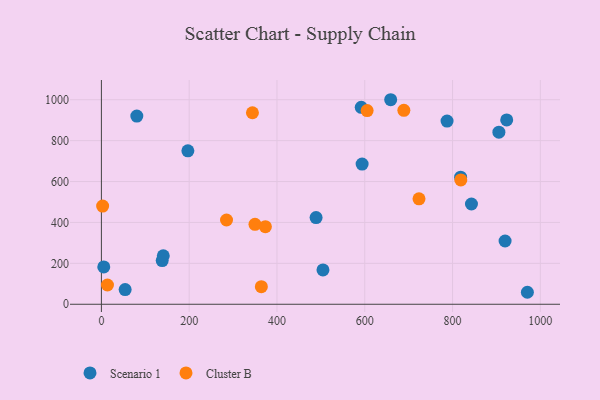
{"axis": {"x": "Study Hours", "y": "Salary"}, "legend": ["Cluster B", "Scenario 1"], "data": [{"x": "659.1", "y": 1000.0, "type": "Scenario 1"}, {"x": "905.6", "y": 841.2, "type": "Scenario 1"}, {"x": "489.1", "y": 423.7, "type": "Scenario 1"}, {"x": "138.5", "y": 213.6, "type": "Scenario 1"}, {"x": "141.0", "y": 237.2, "type": "Scenario 1"}, {"x": "923.4", "y": 901.1, "type": "Scenario 1"}, {"x": "970.5", "y": 58.6, "type": "Scenario 1"}, {"x": "54.1", "y": 71.9, "type": "Scenario 1"}, {"x": "80.7", "y": 920.2, "type": "Scenario 1"}, {"x": "197.0", "y": 750.2, "type": "Scenario 1"}, {"x": "592.0", "y": 963.0, "type": "Scenario 1"}, {"x": "919.7", "y": 309.2, "type": "Scenario 1"}, {"x": "818.4", "y": 621.5, "type": "Scenario 1"}, {"x": "5.4", "y": 182.6, "type": "Scenario 1"}, {"x": "594.0", "y": 685.5, "type": "Scenario 1"}, {"x": "504.8", "y": 168.1, "type": "Scenario 1"}, {"x": "787.5", "y": 895.8, "type": "Scenario 1"}, {"x": "843.1", "y": 490.3, "type": "Scenario 1"}, {"x": "344.1", "y": 936.2, "type": "Cluster B"}, {"x": "13.8", "y": 94.2, "type": "Cluster B"}, {"x": "2.8", "y": 480.1, "type": "Cluster B"}, {"x": "285.1", "y": 411.9, "type": "Cluster B"}, {"x": "349.9", "y": 391.0, "type": "Cluster B"}, {"x": "723.6", "y": 515.5, "type": "Cluster B"}, {"x": "373.6", "y": 379.1, "type": "Cluster B"}, {"x": "689.1", "y": 948.1, "type": "Cluster B"}, {"x": "605.4", "y": 947.0, "type": "Cluster B"}, {"x": "364.4", "y": 86.0, "type": "Cluster B"}, {"x": "818.9", "y": 607.7, "type": "Cluster B"}]}